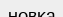
новка